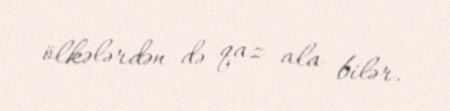
ölkələrdən də qaz ala bilər.